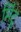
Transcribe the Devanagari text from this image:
मिंटू